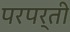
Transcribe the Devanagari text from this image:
परपर्ती